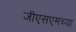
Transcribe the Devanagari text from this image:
जीएसएमच्या